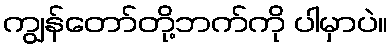
ကျွန်တော်တို့ဘက်ကို ပါမှာပဲ။